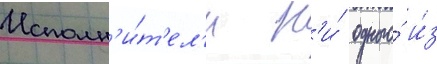
Исполн'и́т'ел'и н'и́ одного́ и́з